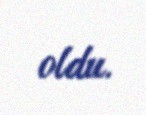
oldu.